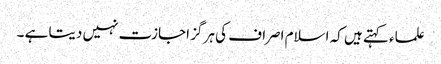
علماء کہتے ہیں کہ اسلام اصراف کی ہر گز اجازت نہیں دیتا ہے ۔